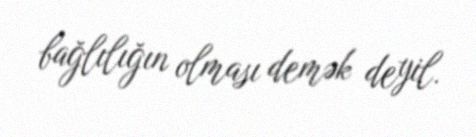
bağlılığın olması demək deyil.